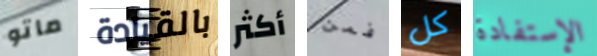
ماتو بالقيادة أكثر فمن كل الإستفادة